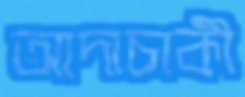
আদাচাকী